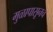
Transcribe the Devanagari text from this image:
मुळापासूनच